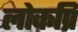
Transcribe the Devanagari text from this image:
लोकप्रि